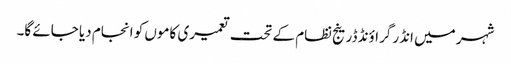
شہر میں انڈر گراؤنڈ ڈرینج نظام کے تحت تعمیری کاموں کو انجام دیا جائے گا۔